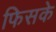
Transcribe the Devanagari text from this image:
फिसके